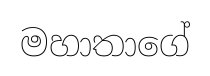
මහාතාගේ